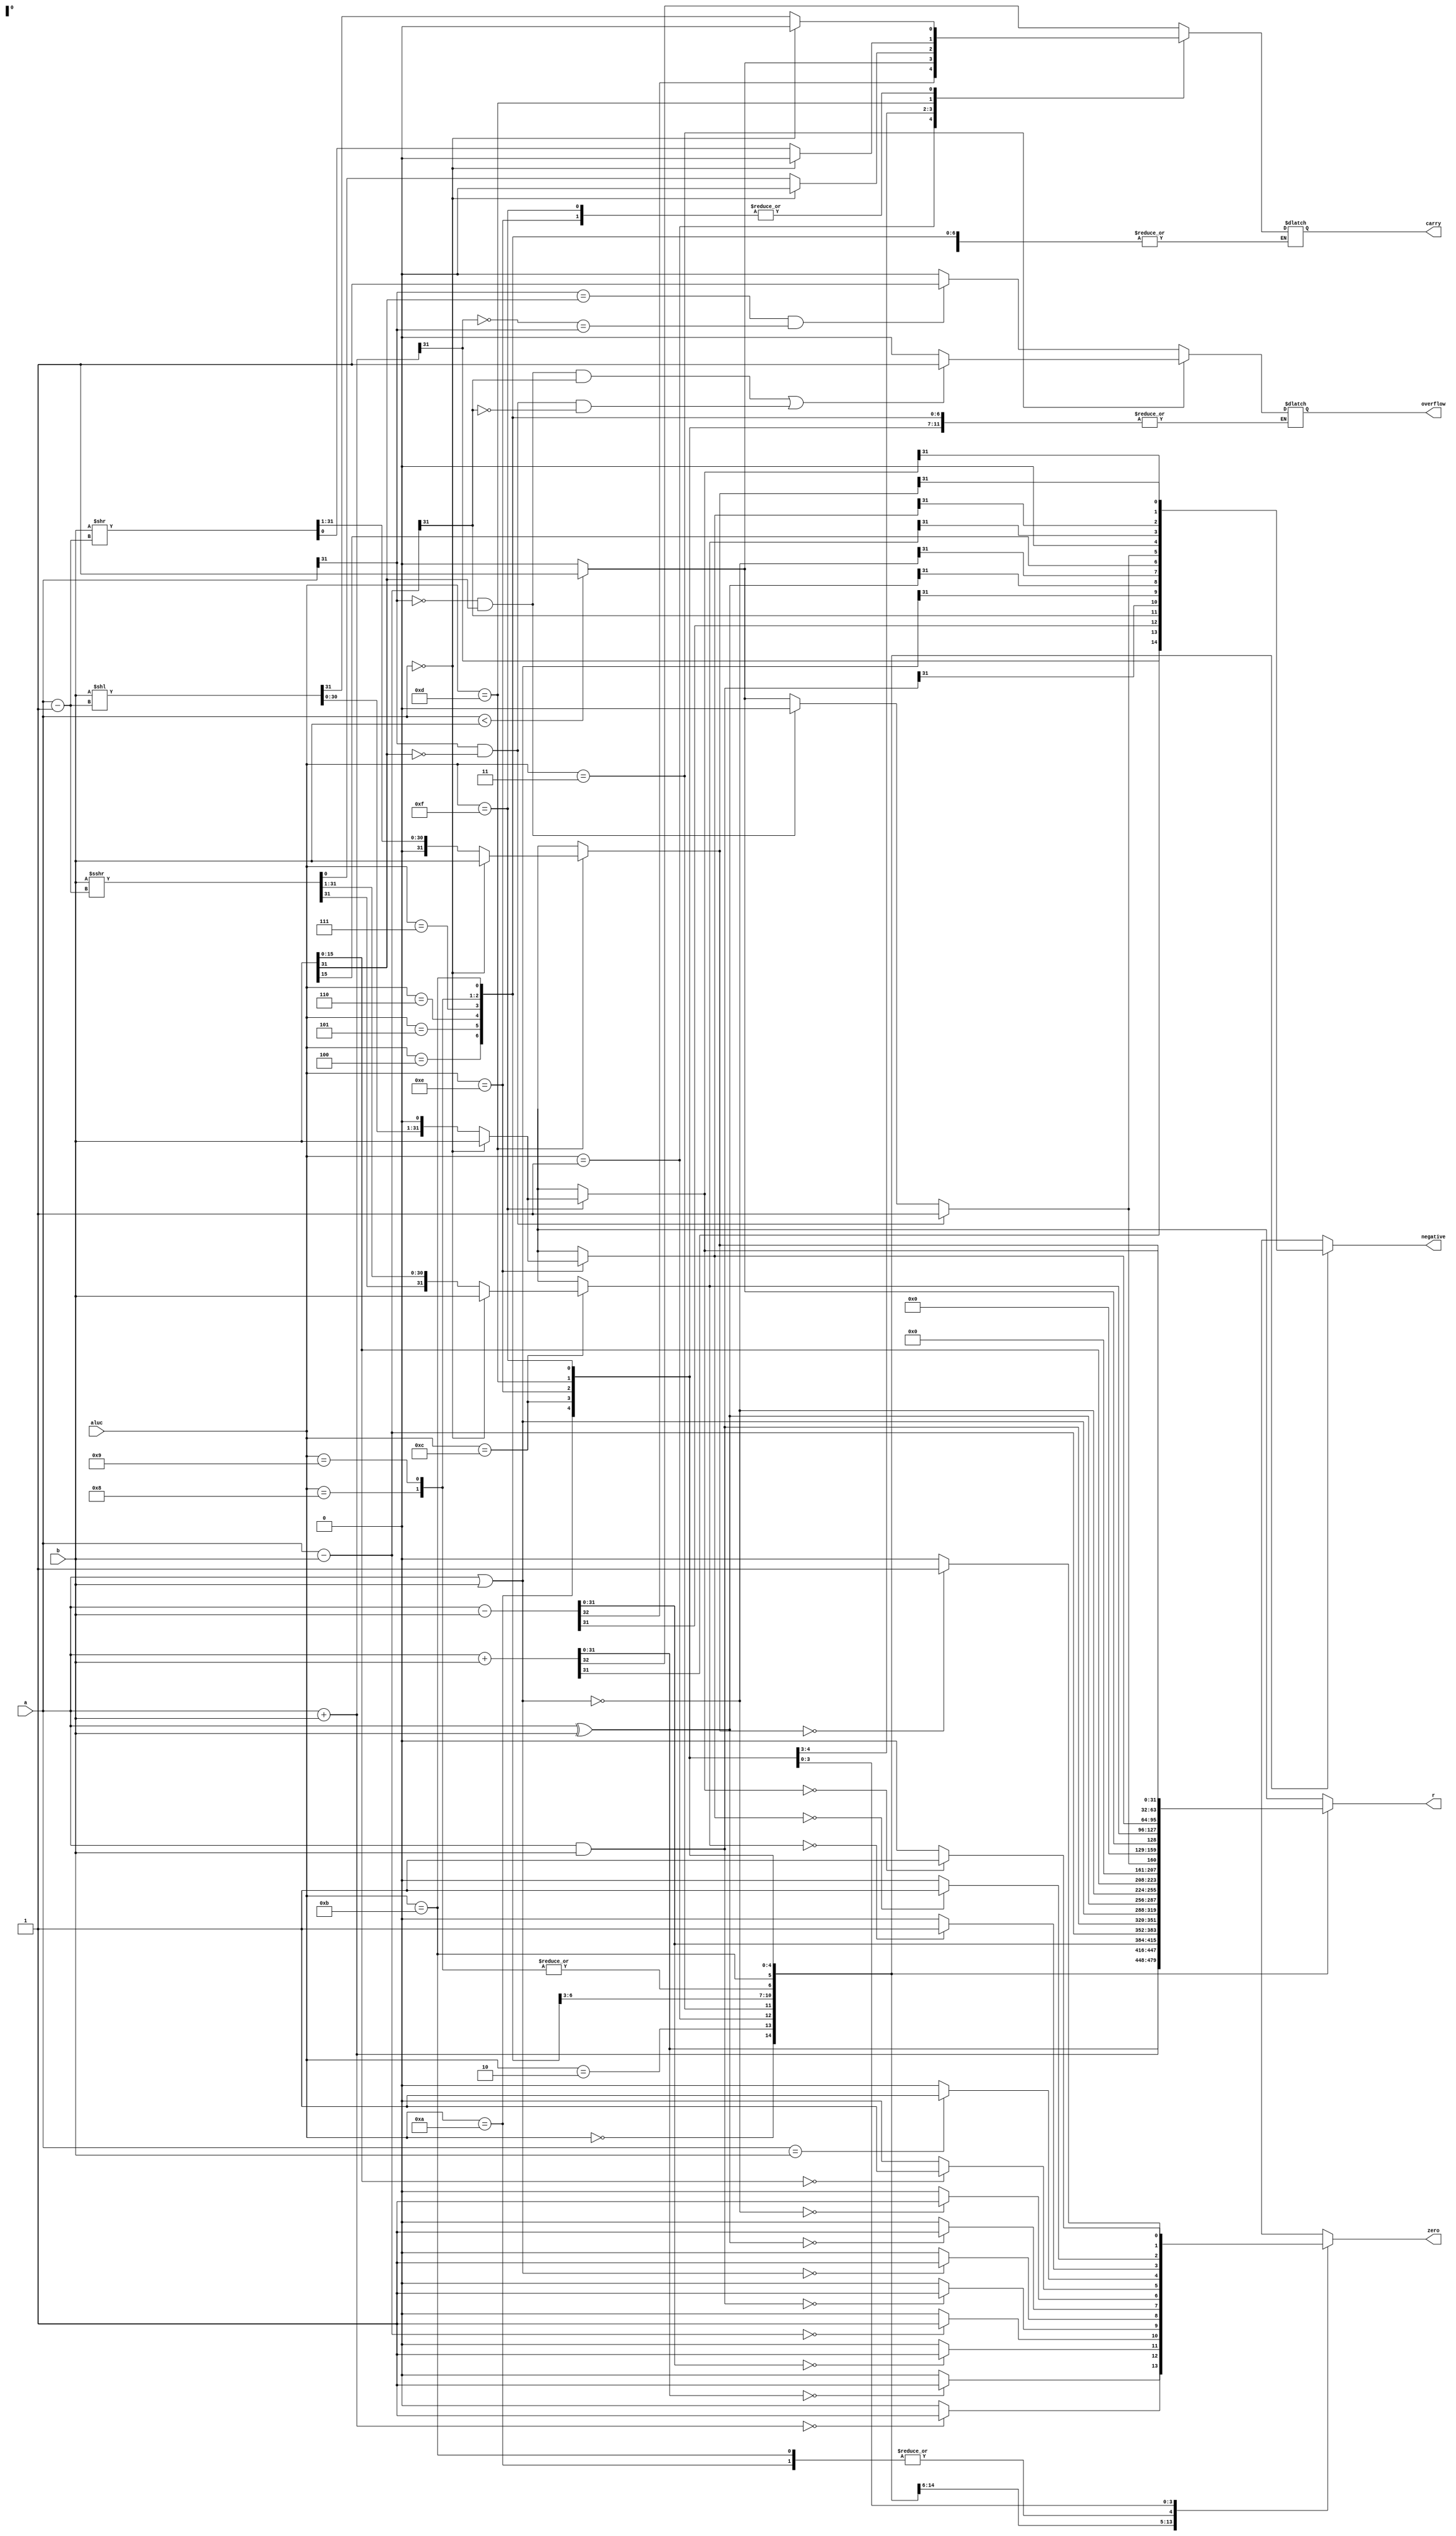
`timescale 1ns / 1ps
//////////////////////////////////////////////////////////////////////////////////
// Company: 
// Engineer: 
// 
// Design Name: 
// Module Name: alu
// Project Name: 
// Target Devices: 
// Tool Versions: 
// Description: 
// 
// Dependencies: 
// 
// Revision:
// Revision 0.01 - File Created
// Additional Comments:
// 
//////////////////////////////////////////////////////////////////////////////////


module my_alu(
    input [31:0] a,
    input [31:0] b,
    input [3:0] aluc,
    output reg [31:0] r,
    output reg zero,
    output reg carry,
    output reg negative,
    output reg overflow
    );
    reg  [31:0] temp; 
    reg tmp1;
    reg tmp2;
 always@(*)   
 begin
    case(aluc)
    4'b0000:
    begin
     {carry, r} = $unsigned(a) + $unsigned(b);
     zero = (r == 0) ? 1 : 0 ; 
     negative = r[31];                                                                                                                                                                                                                                                
    end
    4'b0010:
    begin
     r = $signed(a) + $signed(b);
  
     overflow = ((a[31]==b[31]&&(~r[31]==a[31])))?1:0;
     negative = r[31];
     zero = (r == 0) ? 1 : 0 ;
    end
    4'b0001:
    begin
     {carry, r} = $unsigned(a)-$unsigned(b);
    zero = (r == 0) ? 1 : 0 ;    
    negative = r[31];
    end    
    4'b0011:
    begin
    
       
     temp = -b;
     //b = temp;
     r = $signed(a) - $signed(b);
    overflow = ((a[31]==0&&b[31]==1&&r[31]==1)||(a[31]==1&&b[31]==0&&r[31]==0))?1:0;
    negative = r[31];
    zero = (r == 0) ? 1 : 0 ;
    end    
    4'b0100:
    begin
    r = a & b;
    zero = (r == 0) ? 1 : 0 ;
    negative = r[31];
    end
    4'b0101:
    begin
    r = a | b;
    
    negative = r[31];
    zero = (r == 0) ? 1 : 0 ;
    end       
    4'b0110:
    begin
    r = a^b;
    negative = r[31];
    zero = (r == 0) ? 1 : 0 ;
    end
    4'b0111:
    begin
    r = ~(a | b);
    
    negative = r[31];
    zero = (r == 0) ? 1 : 0 ;
    end       
    4'b1000:
    begin
      r={b[15:0],16'b0};
      
      negative = r[31];
      zero = (r == 0) ? 1 : 0 ;
    end     
    4'b1001:
    begin
      r={b[15:0],16'b0};
      
     negative = r[31]; 
      zero = (r == 0) ? 1 : 0 ;
    end    
    4'b1011:
    begin    
      if(a[31]==1&&b[31]==0)
        r=1;
      else if(a[31]==0&&b[31]==1)
        r=0;
      else
           r = (a < b) ? 1 : 0 ;   //
      negative = r;
      zero = (a==b) ? 1 : 0 ;
    end     
    4'b1010:
    begin
      r = (a < b) ? 1 : 0;   //
      carry = r;
      negative = r[31];
     zero = (a==b) ? 1 : 0 ;
    end     
    4'b1100:
    begin
      if( a == 0)
         begin
         r=b;
         carry = 0;
         end  
         else
           begin
           r = $signed(b) >>> a-1;       
           carry = r[0];
           r = $signed(r) >>> 1;
            end
          negative = r[31];    
          zero = (r == 0) ? 1 : 0 ;
    end
    4'b1110:
    begin
      if( a == 0)
         begin
         r=b;
         carry = 0;
         end  
         else
           begin
           r = b<<a-1;       
           carry = r[31];
           r = r<<1;
            end
          negative = r[31];    
          zero = (r == 0) ? 1 : 0 ;
                      
    end     
    4'b1101:
    begin
      if( a == 0)
      begin
      r=b;
      carry = 0;
      end  
      else
        begin
        r = b>>a-1;       
        carry = r[0];
        r = r>>1;
         end
       negative = r[31];    
       zero = (r == 0) ? 1 : 0 ;                           
    end     
        4'b1111:
    begin
     if( a == 0)
     begin
     r=b;
     carry = 0;
     end  
     else
       begin
       r = b<<a-1;       
       carry = r[31];     
       r = r<<1;
        end
        negative = r[31];
      zero = (r == 0) ? 1 : 0 ;
    end                          
        default:;
    endcase
   // zero = (r == 32'b00000000_00000000) ? 1 : 0 ; 
end
endmodule